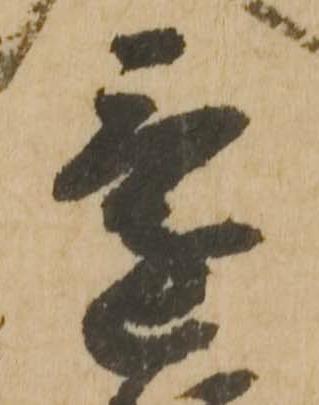
還